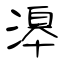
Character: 滜